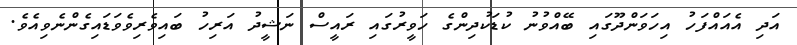
އަދި އެއައްފަހު އިހަވަންދޫގައި ބޭއްވުނު ކުޑަކުދިންގެ ހަވީރުގައި ރައީސް ނަޝީދު އަރިހު ބައިވެރިވެވަޑައިގެންނެވިއެވެ.